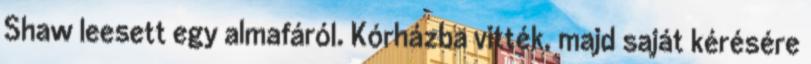
Shaw leesett egy almafáról. Kórházba vitték, majd saját kérésére